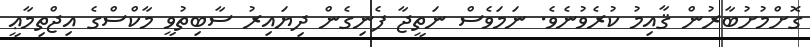
ގޮށްމުށުބާރުން ޤާއިމު ކުރެވުނެވެ. ނަމަވެސް ނަތީޖާ ފެނިގެން ދިޔައިރު ސާބިތުވީ މާކްސްގެ އިޖްތިމާޢީ